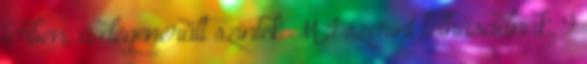
térben: a degenerált szintek M I szerint felhasadnak. 9